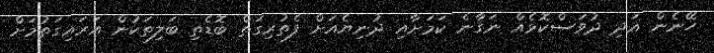
ހޭނެން އަދި ދުވަސްކޮޅެއް ނަގާނެ ކަމަށާއި ދުނިޔެއަށް ފެތުރިގަތް ބޮޑެތި ބަލިތަކުން އަރައިގަތުމަށް